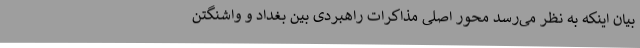
بیان اینکه به نظر می‌رسد محور اصلی مذاکرات راهبردی بین بغداد و واشنگتن